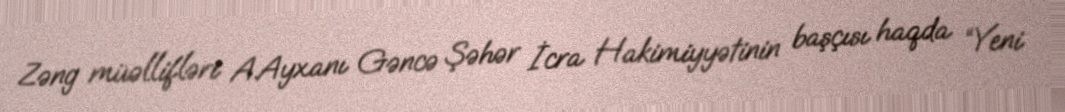
Zəng müəllifləri A.Ayxanı Gəncə Şəhər İcra Hakimiyyətinin başçısı haqda “Yeni